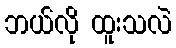
ဘယ်လို ထူးသလဲ